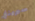
سبرينغ